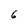
Character: 6